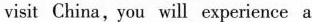
visit China,you will experience a